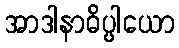
အာဒါနာဓိပ္ပါယော